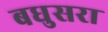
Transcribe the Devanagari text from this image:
बधुसरा